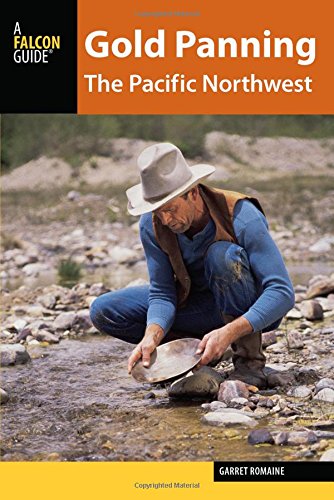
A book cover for Gold Panning the Pacific Northwest: A Guide to the Area's Best Sites for Gold; Garret Romaine; Sports & Outdoors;